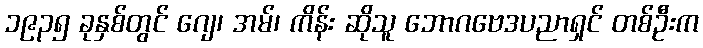
၁၉၃၅ ခုနှစ်တွင် ဂျေ၊ အမ်၊ ကိန်း ဆိုသူ ဘောဂဗေဒပညာရှင် တစ်ဦးက